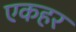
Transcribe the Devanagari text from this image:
एकहर